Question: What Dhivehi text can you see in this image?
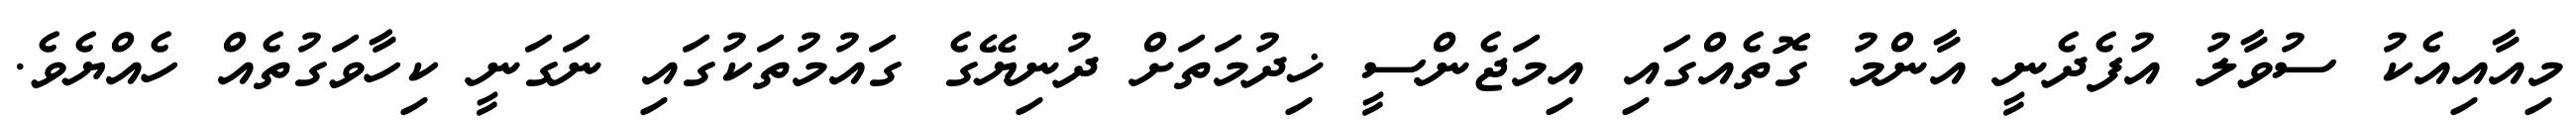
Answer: މިއާއިއެކު ސުވާލު އުފެދެނީ އާންމު ގޮތެއްގައި އިމަޖެންސީ ޚިދުމަތަށް ދުނިޔޭގެ ގައުމުތަކުގައި ނަގަނީ ކިހާވަގުތެއް ހެއްޔެވެ.